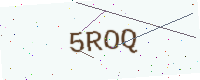
Text: 5ROQ